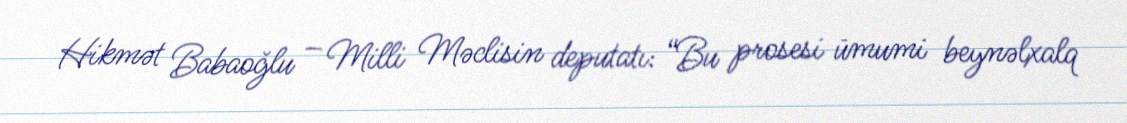
Hikmət Babaoğlu – Milli Məclisin deputatı: “Bu prosesi ümumi beynəlxalq